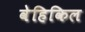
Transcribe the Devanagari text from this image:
वेहिकिल